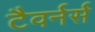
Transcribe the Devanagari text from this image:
टैवर्नर्स